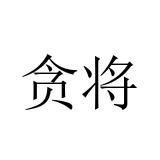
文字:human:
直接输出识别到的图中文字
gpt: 贪将